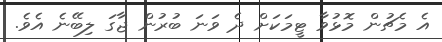
އެ މެޗުން މޮޅުވާ ޓީމަކަށް ދެ ވަނަ ބުރުން ޖާގަ ލިބޭނެ އެވެ.